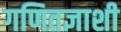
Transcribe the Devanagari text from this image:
गणितज्ञाशी